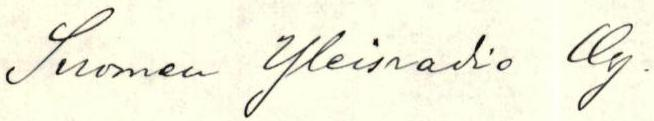
Suomen Yleisradio Oy.